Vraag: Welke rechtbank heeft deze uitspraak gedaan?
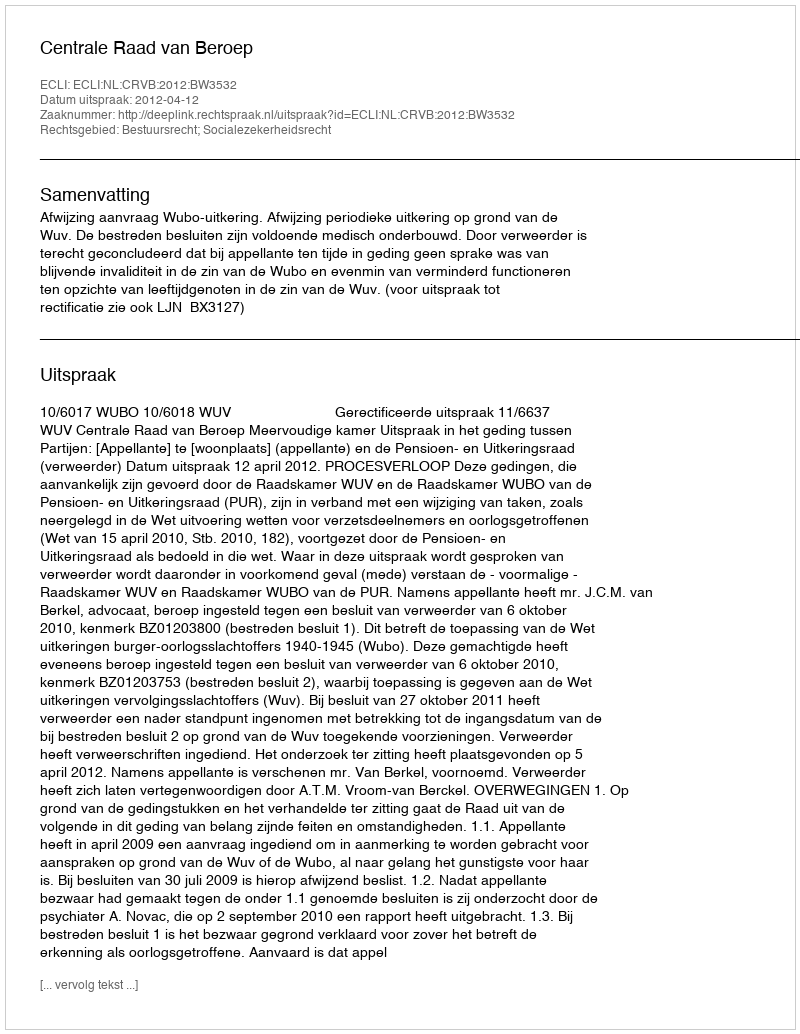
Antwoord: Centrale Raad van Beroep